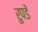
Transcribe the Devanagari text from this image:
रुपडें